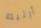
أرتبط